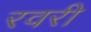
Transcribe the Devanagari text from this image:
रवरी